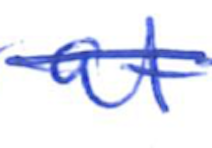
Text: at
Cross-out: single-line
Writing tool: ballpoint